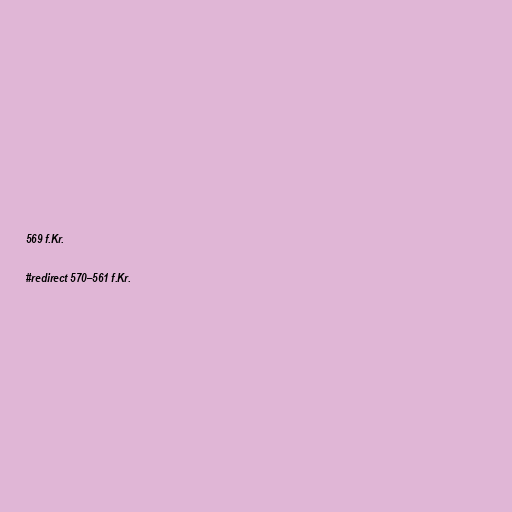
569 f.Kr.

#redirect 570–561 f.Kr.